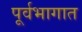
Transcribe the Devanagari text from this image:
पूर्वभागात